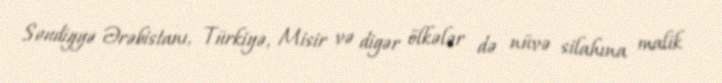
Səudiyyə Ərəbistanı, Türkiyə, Misir və digər ölkələr də nüvə silahına malik